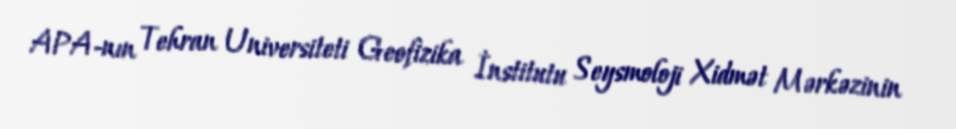
APA-nın Tehran Universiteti Geofizika İnstitutu Seysmoloji Xidmət Mərkəzinin